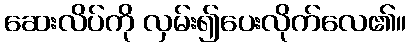
ဆေးလိပ်ကို လှမ်း၍ပေးလိုက်လေ၏။